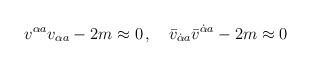
LaTeX: \begin{align*}v^{\alpha{}a}v_{\alpha{}a} -2m \approx 0 \, ,\quad\bar v_{\dot\alpha{}a}\bar v^{\dot\alpha{}a} -2m \approx 0\end{align*}